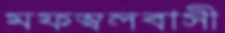
মফস্বলবাসী